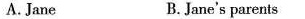
A. Jane B. Jane's parents